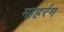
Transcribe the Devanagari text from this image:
माहर्रम